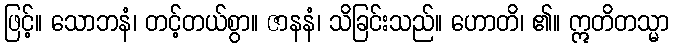
ဖြင့်။ သောဘနံ၊ တင့်တယ်စွာ။ ဇာနနံ၊ သိခြင်းသည်။ ဟောတိ၊ ၏။ ဣတိတသ္မာ